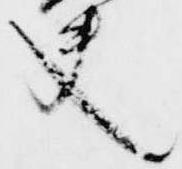
夫